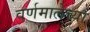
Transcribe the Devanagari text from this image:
वर्णमालेच्या